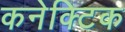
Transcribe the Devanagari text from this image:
कनेक्टिक